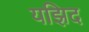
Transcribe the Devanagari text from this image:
यझिद